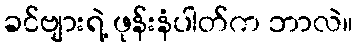
ခင်ဗျားရဲ့ ဖုန်းနံပါတ်က ဘာလဲ။